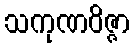
သကုဏဝိဇ္ဇာ